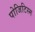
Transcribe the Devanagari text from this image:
पोजिटिस्म